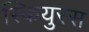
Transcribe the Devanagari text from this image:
स्कियुरस